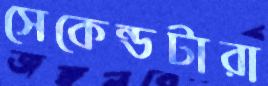
সেকেন্ডটারা